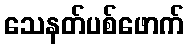
သေနတ်ပစ်ဖောက်